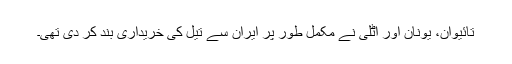
تائیوان، یونان اور اٹلی نے مکمل طور پر ایران سے تیل کی خریداری بند کر دی تھی۔